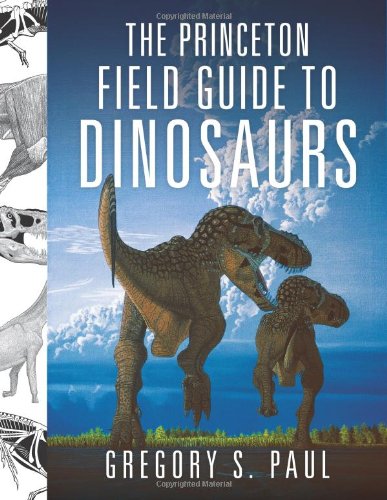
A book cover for The Princeton Field Guide to Dinosaurs (Princeton Field Guides); Gregory S. Paul; Science & Math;